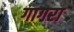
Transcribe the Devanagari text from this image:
गागरा